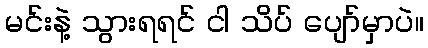
မင်းနဲ့ သွားရရင် ငါ သိပ် ပျော်မှာပဲ။